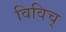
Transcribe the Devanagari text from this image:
विविच्